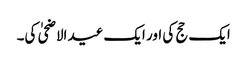
ایک حج کی اور ایک عید الاضحیٰ کی۔